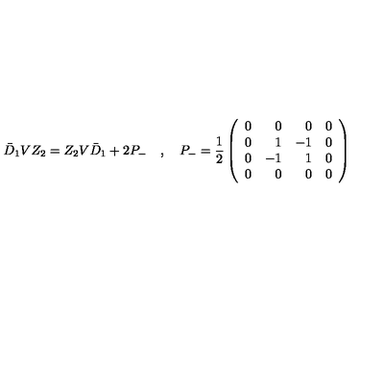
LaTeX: \bar { D } _ { 1 } V Z _ { 2 } = Z _ { 2 } V \bar { D } _ { 1 } + 2 P _ { - } \quad , \quad P _ { - } = \frac { 1 } { 2 } \left( \begin{array} { c r r c } { 0 } & { 0 } & { 0 } & { 0 } \\ { 0 } & { 1 } & { - 1 } & { 0 } \\ { 0 } & { - 1 } & { 1 } & { 0 } \\ { 0 } & { 0 } & { 0 } & { 0 } \\ \end{array} \right)